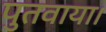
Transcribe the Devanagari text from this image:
पुतवाया।